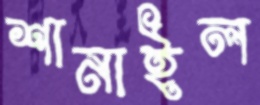
শানাইল